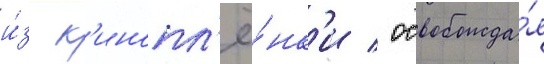
и́з к'инопл'ё́нк'и / освобожда́я